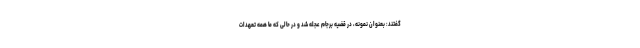
گفتند: بعنوان نمونه، در قضیه برجام عجله شد و در حالی که ما همه تعهدات